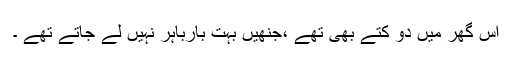
اس گھر میں دو کتّے بھی تھے ،جنھیں بہت بارباہر نہیں لے جاتے تھے ۔